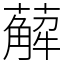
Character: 薢